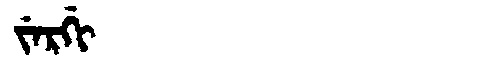
Manchu: ᠵᡝᡵᡤᡳ
Romanization: JERGI